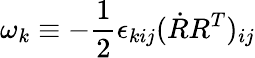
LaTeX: \omega_{k}\equiv-\frac 12\epsilon_{kij}(\dot{R}R^{T})_{ij}